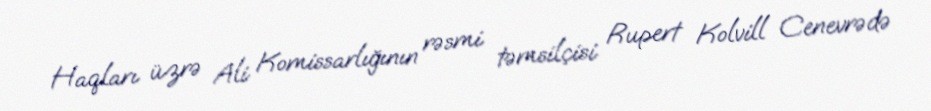
Haqları üzrə Ali Komissarlığının rəsmi təmsilçisi Rupert Kolvill Cenevrədə